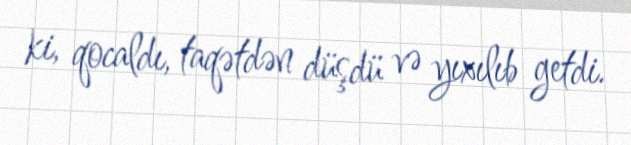
ki, qocaldı, taqətdən düşdü və yıxılıb getdi.